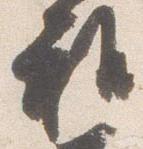
雅